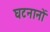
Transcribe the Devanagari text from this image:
घटनानों